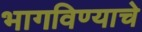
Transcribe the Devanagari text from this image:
भागविण्याचे